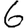
Digit: 6